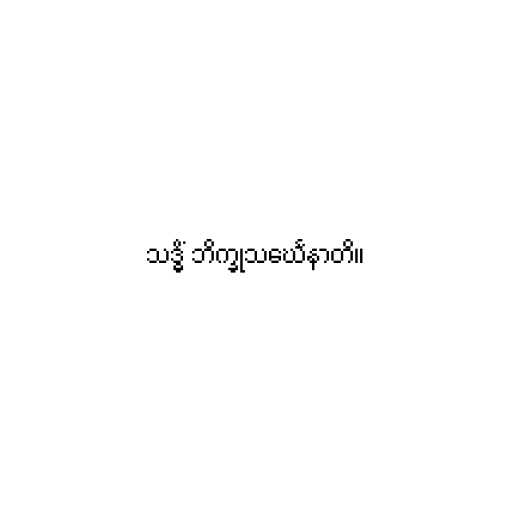
သဒ္ဓိံ ဘိက္ခုသင်္ဃေနာတိ။